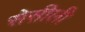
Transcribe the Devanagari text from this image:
सेसीली